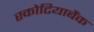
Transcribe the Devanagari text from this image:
स्कोटियाबैंक